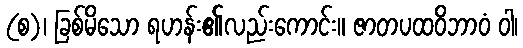
(စ)၊ ခြစ်မိသော ရဟန်း၏လည်းကောင်း။ ဇာတပထဝိဘာဝံ ဝါ၊